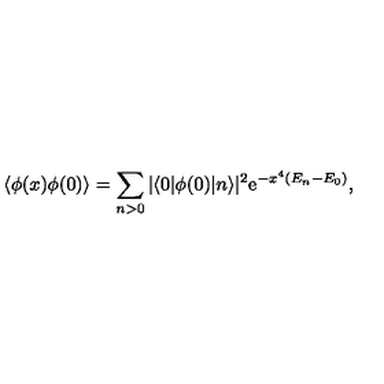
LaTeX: \langle \phi ( x ) \phi ( 0 ) \rangle = \sum _ { n > 0 } | \langle 0 | \phi ( 0 ) | n \rangle | ^ { 2 } \mathrm { e } ^ { - x ^ { 4 } ( E _ { n } - E _ { 0 } ) } ,